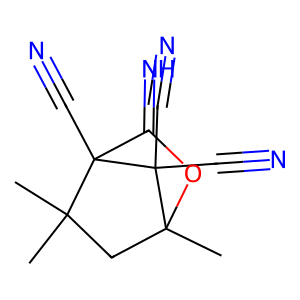
SMILES: CC1(C)CC2(C)OC(=N)C1(C#N)C2(C#N)C#N
Inhibits HIV replication: No